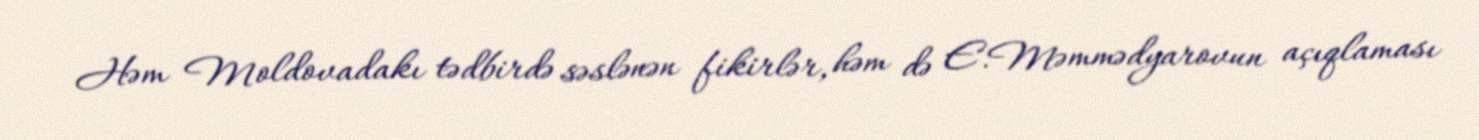
Həm Moldovadakı tədbirdə səslənən fikirlər, həm də E.Məmmədyarovun açıqlaması